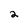
Character: 2